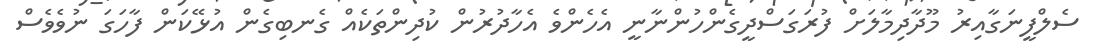
ސެލްފީނަގާއިރު މޫދާދިމާލަށް ފުރަގަސްދީގެންހުންނާނީ އެހެންވެ އެހާދުރުން ކުދިންތަކެއް ގެނބިގެން އުޅޭކަން ފާހަގަ ނުވެވެސް